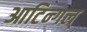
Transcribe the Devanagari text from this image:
आटिन्गल्